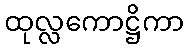
ထုလ္လကောဋ္ဌိကာ